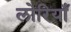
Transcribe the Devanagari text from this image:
लोरियाँ